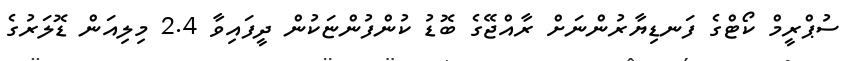
ސުޕްރީމް ކޯޓްގެ ފަނޑިޔާރުންނަށް ރާއްޖޭގެ ބޮޑު ކުންފުންޏަކުން ދީފައިވާ 2.4 މިލިއަން ޑޮލަރުގެ